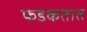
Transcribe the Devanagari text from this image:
फडकतात